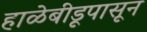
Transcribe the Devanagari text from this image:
हाळेबीडूपासून